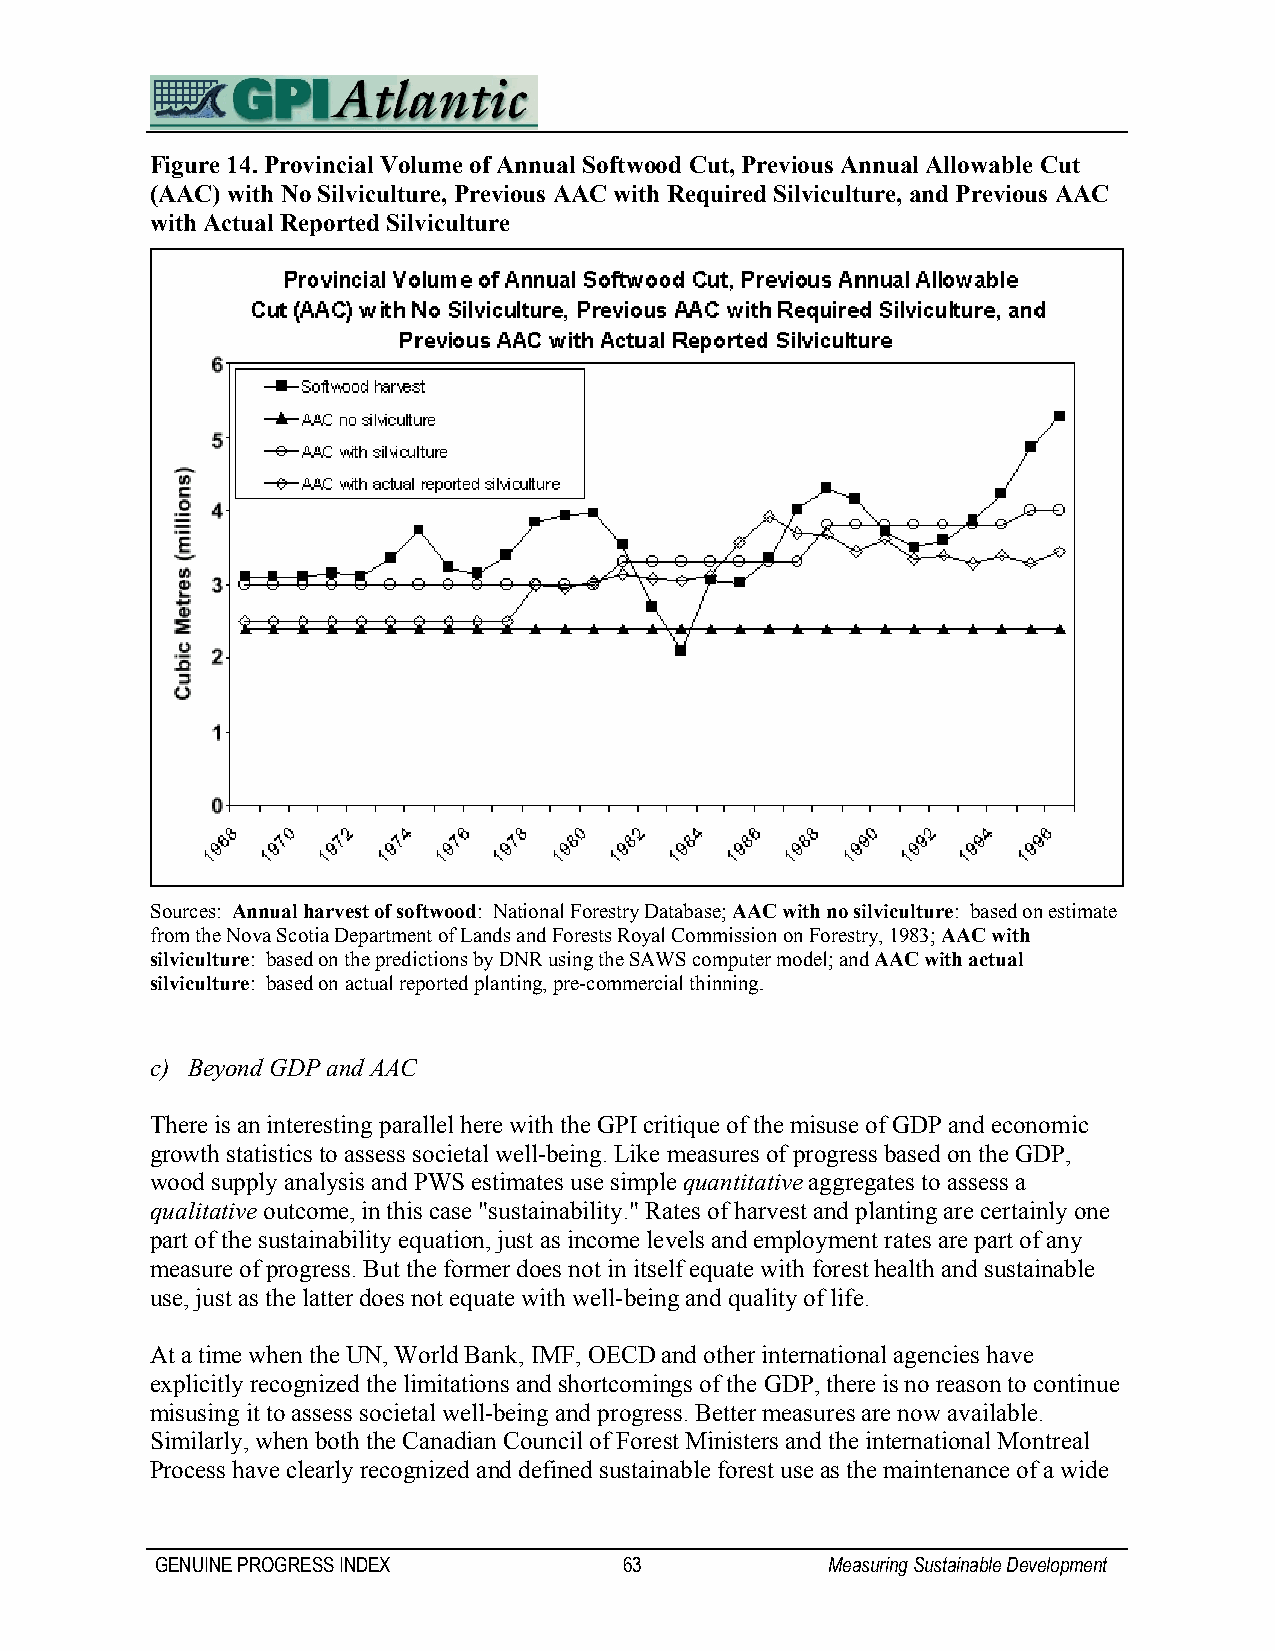
Figure 14. Provincial Volume of Annual Softwood Cut, Previous Annual Allowable Cut
 (AAC) with No Silviculture, Previous AAC with Required Silviculture, and Previous AAC
 with Actual Reported Silviculture
 Sources: Annual harvest of softwood: National Forestry Database; AAC with no silviculture: based on estimate
 from the Nova Scotia Department of Lands and Forests Royal Commission on Forestry, 1983; AAC with
 silviculture: based on the predictions by DNR using the SAWS computer model; and AAC with actual
 silviculture: based on actual reported planting, pre-commercial thinning.
 c) Beyond GDP and AAC
 There is an interesting parallel here with the GPI critique of the misuse of GDP and economic
 growth statistics to assess societal well-being. Like measures of progress based on the GDP,
 wood supply analysis and PWS estimates use simple quantitative aggregates to assess a
 qualitative outcome, in this case "sustainability." Rates of harvest and planting are certainly one
 part of the sustainability equation, just as income levels and employment rates are part of any
 measure of progress. But the former does not in itself equate with forest health and sustainable
 use, just as the latter does not equate with well-being and quality of life.
 At a time when the UN, World Bank, IMF, OECD and other international agencies have
 explicitly recognized the limitations and shortcomings of the GDP, there is no reason to continue
 misusing it to assess societal well-being and progress. Better measures are now available.
 Similarly, when both the Canadian Council of Forest Ministers and the international Montreal
 Process have clearly recognized and defined sustainable forest use as the maintenance of a wide
 GENUINE PROGRESS INDEX         63            Measuring Sustainable Development